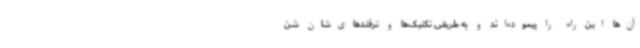
آن‌ها این راه را پیموده‌اند و به طریقی تکنیک‌ها و ترفندهای‌شان شن